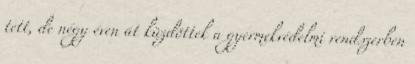
tett, de négy éven át küzdöttek a gyermekvédelmi rendszerben